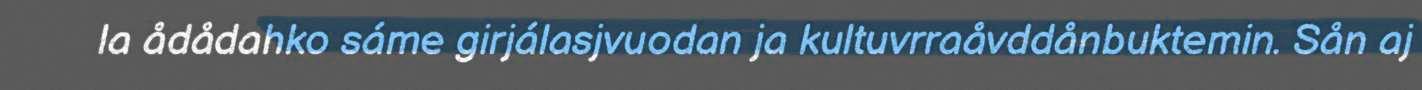
la ådådahko sáme girjálasjvuodan ja kultuvrraåvddånbuktemin. Sån aj